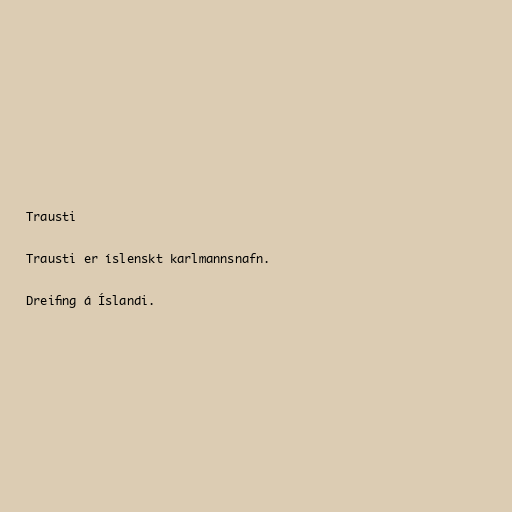
Trausti

Trausti er íslenskt karlmannsnafn.

Dreifing á Íslandi.